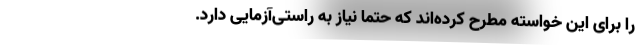
را برای این خواسته مطرح‌ کرده‌اند که حتما نیاز به راستی‌آزمایی دارد.